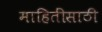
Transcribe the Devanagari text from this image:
माहितींसाठी